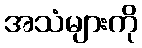
အသံများကို